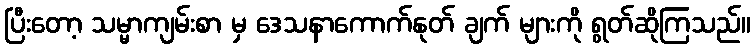
ပြီးတော့ သမ္မာကျမ်းစာ မှ ဒေသနာကောက်နုတ် ချက် များကို ရွတ်ဆိုကြသည်။